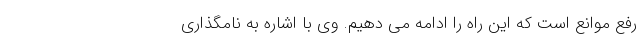
رفع موانع است که این راه را ادامه می دهیم. وی با اشاره به نامگذاری